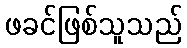
ဖခင်ဖြစ်သူသည်